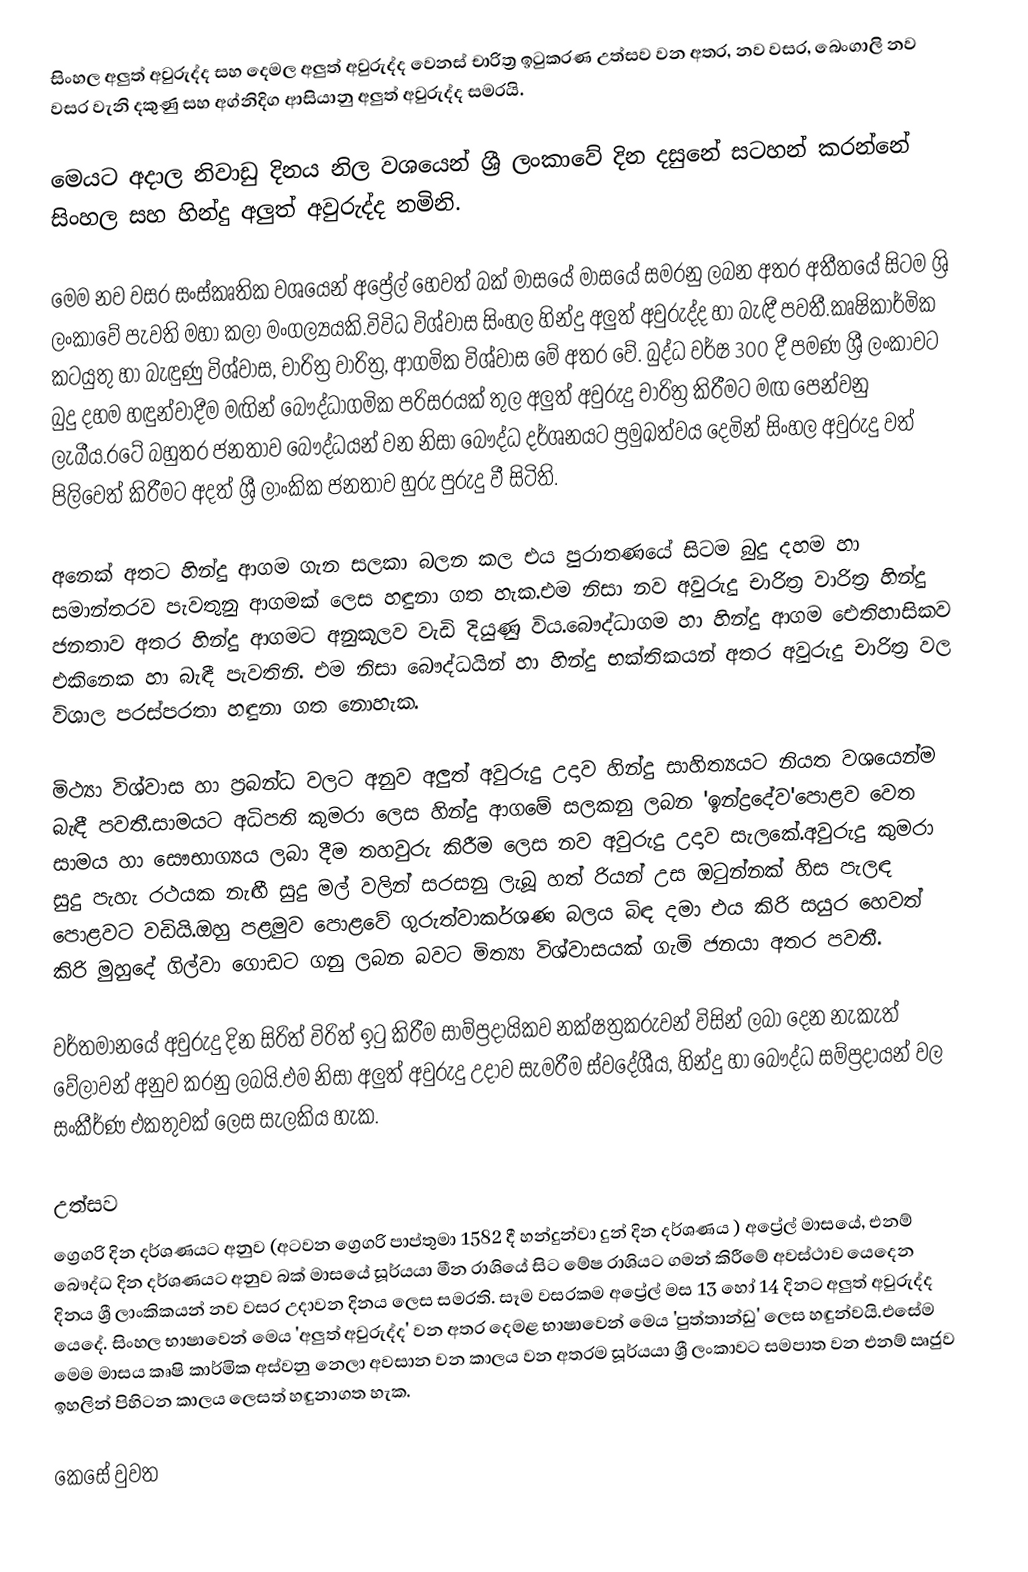
සිංහල අලුත් අවුරුද්ද සහ දෙමල අලුත් අවුරුද්ද වෙනස් චාරිත්‍ර ඉටුකරණ උත්සව වන අතර, නව වසර, බෙංගාලි නව වසර වැනි දකුණු සහ අග්නිදිග ආසියානු අලුත් අවුරුද්ද සමරයි.

මෙයට අදාල නිවා‍ඩු දිනය නිල වශයෙන් ශ්‍රී ලංකාවේ දින දසුනේ සටහන් කරන්නේ සිංහල සහ හින්දු අලුත් අවුරුද්ද නමිනි.

මෙම නව වසර සංස්කෘතික වශයෙන් අප්‍රේල් හෙවත් බක් මාසයේ මාසයේ සමරනු ලබන අතර අතීතයේ සිටම ශ්‍රි ලංකාවේ පැවති මහා කලා මංගල්‍යයකි.විවිධ විශ්වාස සිංහල හින්දු අලුත් අවුරුද්ද හා බැඳී පවතී.කෘෂිකාර්මික කටයුතු හා බැඳුණු විශ්වාස, චාරිත්‍ර වාරිත්‍ර, ආගමික විශ්වාස මේ අතර වේ. බුද්ධ වර්ෂ 300 දී පමණ ශ්‍රී ලංකාවට බුදු දහම හඳුන්වාදීම මඟින් බෞද්ධාගමික පරිසරයක් තුල අලුත් අවුරුදු චාරිත්‍ර කිරීමට මඟ පෙන්වනු ලැබීය.රටේ බහුතර ජනතාව බෞද්ධයන් වන නිසා බෞද්ධ දර්ශනයට ප්‍රමුඛත්වය දෙමින් සිංහල අවුරුදු වත් පිලිවෙත් කිරීමට අදත් ශ්‍රී ලාංකික ජනතාව හුරු පුරුදු වී සිටිති.

අනෙක් අතට හින්දු ආගම ගැන සලකා බලන කල එය පුරාතණයේ සිටම බුදු දහම හා සමාන්තරව පැවතුනු ආගමක් ලෙස හඳුනා ගත හැක.එම නිසා නව අවුරුදු චාරිත්‍ර වාරිත්‍ර හින්දු ජනතාව අතර හින්දු ආගමට අනුකූලව වැඩි දියුණු විය.බෞද්ධාගම හා හින්දු ආගම ඓතිහාසිකව එකිනෙක හා බැඳී පැවතිනි. එම නිසා බෞද්ධයින් හා හින්දු භක්තිකයන් අතර අවුරුදු චාරිත්‍ර වල විශාල පරස්පරතා හඳුනා ගත නොහැක.

මිථ්‍යා විශ්වාස හා ප්‍රබන්ධ වලට අනුව අලුත් අවුරුදු උදාව හින්දු සාහිත්‍යයට නියත වශයෙන්ම බැඳී පවතී.සාමයට අධිපති කුමරා ලෙස හින්දු ආගමේ සලකනු ලබන 'ඉන්ද්‍රදේව'පොළව වෙත සාමය හා සෞභාග්‍යය ලබා දීම තහවුරු කිරීම ලෙස නව අවුරුදු උදාව සැලකේ.අවුරුදු කුමරා සුදු පැහැ රථයක නැඟී සුදු මල් වලින් සරසනු ලැබූ හත් රියන් උස ඔටුන්නක් හිස පැලඳ පොළවට වඩියි.ඔහු පළමුව පොළවේ ගුරුත්වාකර්ශණ බලය බිඳ දමා එය කිරි සයුර හෙවත් කිරි මුහුදේ ගිල්වා ගොඩට ගනු ලබන බවට මිත්‍යා විශ්වාසයක් ගැමි ජනයා අතර පවතී.

වර්තමානයේ අවුරුදු දින සිරිත් විරිත් ඉටු කිරීම සාම්ප්‍රදායිකව නක්ෂත්‍රකරුවන් විසින් ලබා දෙන නැකැත් වේලාවන් අනුව කරනු ලබයි.එම නිසා අලුත් අවුරුදු උදාව සැමරීම ස්වදේශීය, හින්දු හා බෞද්ධ සම්ප්‍රදායන් වල සංකීර්ණ එකතුවක් ලෙස සැලකිය හැක.

උත්සව
ග්‍රෙගරි දින දර්ශණයට අනුව (අටවන ග්‍රෙගරි පාප්තුමා 1582 දී හන්දුන්වා දුන් දින දර්ශණය ) අප්‍රේල් මාසයේ, එනම් බෞද්ධ දින දර්ශණයට අනුව බක් මාසයේ සූර්යයා මීන රාශියේ සිට මේෂ රාශියට ගමන් කිරීමේ අවස්ථාව යෙදෙන දිනය ශ්‍රී ලාංකිකයන් නව වසර උදාවන දිනය ලෙස සමරති. සෑම වසරකම අප්‍රේල් මස 13 හෝ 14 දිනට අලුත් අවුරුද්ද යෙදේ. සිංහල භාෂාවෙන් මෙය 'අලුත් අවුරුද්ද' වන අතර දෙමළ භාෂාවෙන් මෙය 'පුත්තාන්ඩු' ලෙස හඳුන්වයි.එසේම මෙම මාසය කෘෂි කාර්මික අස්වනු නෙලා අවසාන වන කාලය වන අතරම සූර්යයා ශ්‍රී ලංකාවට සමපාත වන එනම් ඍජුව ඉහලින් පිහිටන කාලය ලෙසත් හඳුනාගත හැක.

කෙසේ වුවත